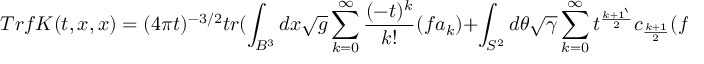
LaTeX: T r f K ( t , x , x ) = ( 4 \pi t ) ^ { - 3 / 2 } t r ( \int _ { B ^ { 3 } } d x \sqrt { g } \sum _ { k = 0 } ^ { \infty } \frac { ( - t ) ^ { k } } { k ! } ( f a _ { k } ) + \int _ { S ^ { 2 } } d \theta \sqrt { \gamma } \sum _ { k = 0 } ^ { \infty } t ^ { \frac { k + 1 ` } { 2 } } c _ { \frac { k + 1 } { 2 } } ( f ) )